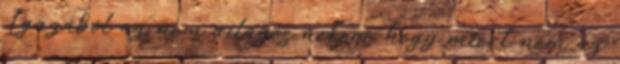
Igazából az nem világos nekem, hogy miért nem az